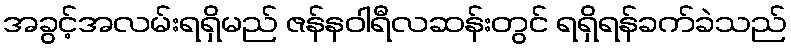
အခွင့်အလမ်းရရှိမည် ဇန်နဝါရီလဆန်းတွင် ရရှိရန်ခက်ခဲသည်